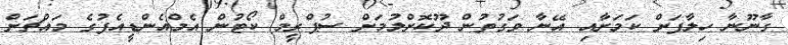
ގާނޫނާ ހިލާފަށް ކަމަށާއި އޭނާ ވަގުތުން ދޫކޮށްލުމަށް ސުޕްރީމް ކޯޓުން އެމްއެންޑީއެފުގެ މައްޗަށް